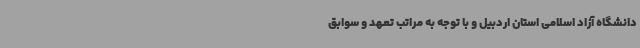
دانشگاه آزاد اسلامی استان اردبیل و با توجه به مراتب تعهد و سوابق